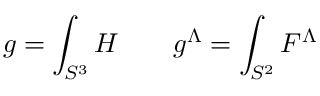
g = \int _ { S ^ { 3 } } H \quad \quad g ^ { \Lambda } = \int _ { S ^ { 2 } } F ^ { \Lambda }